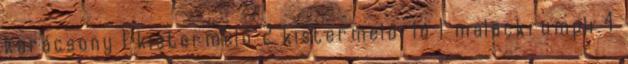
karácsony 1 kistermelő 2 kistermelői ló 1 malackrumpli 4